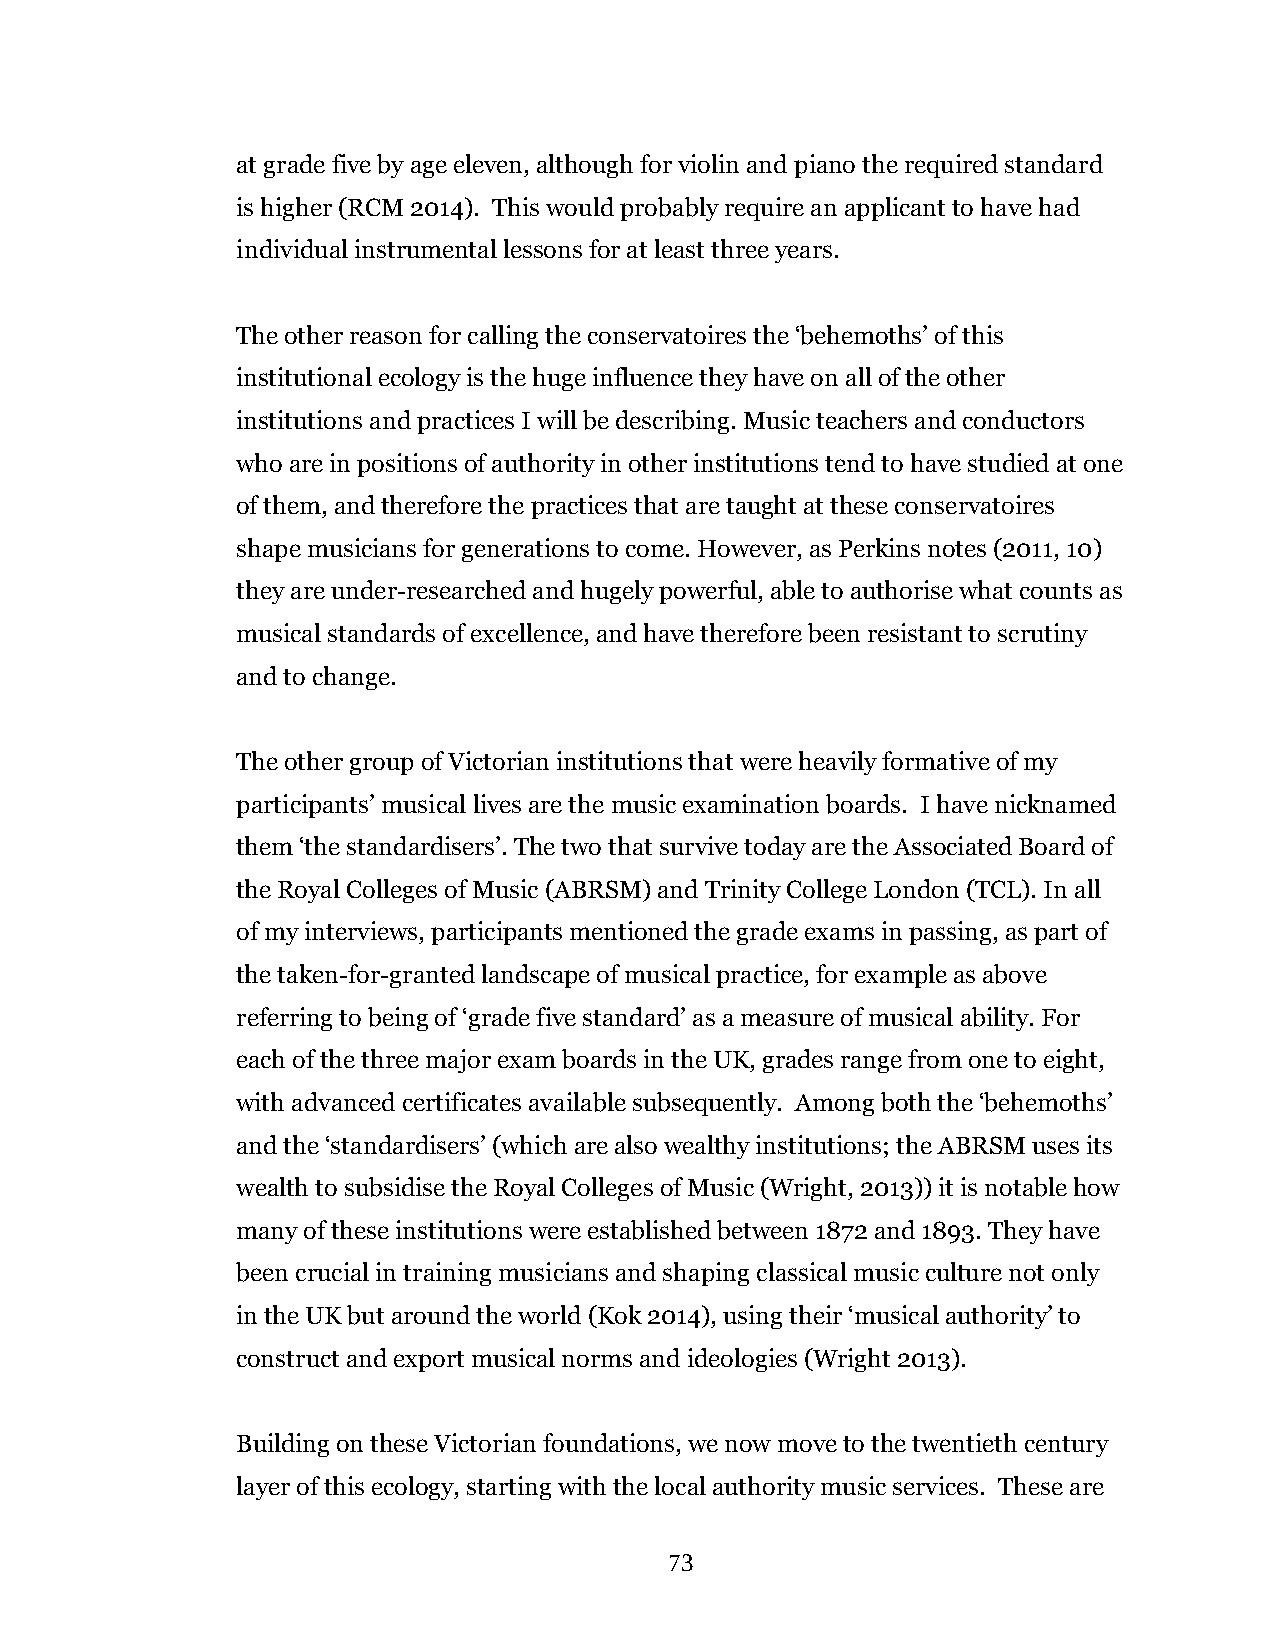
at grade five by age eleven, although for violin and piano the required standard
 is higher (RCM 2014). This would probably require an applicant to have had
 individual instrumental lessons for at least three years.
 The other reason for calling the conservatoires the ‘behemoths’ of this
 institutional ecology is the huge influence they have on all of the other
 institutions and practices I will be describing. Music teachers and conductors
 who are in positions of authority in other institutions tend to have studied at one
 of them, and therefore the practices that are taught at these conservatoires
 shape musicians for generations to come. However, as Perkins notes (2011, 10)
 they are under-researched and hugely powerful, able to authorise what counts as
 musical standards of excellence, and have therefore been resistant to scrutiny
 and to change.
 The other group of Victorian institutions that were heavily formative of my
 participants’ musical lives are the music examination boards. I have nicknamed
 them ‘the standardisers’. The two that survive today are the Associated Board of
 the Royal Colleges of Music (ABRSM) and Trinity College London (TCL). In all
 of my interviews, participants mentioned the grade exams in passing, as part of
 the taken-for-granted landscape of musical practice, for example as above
 referring to being of ‘grade five standard’ as a measure of musical ability. For
 each of the three major exam boards in the UK, grades range from one to eight,
 with advanced certificates available subsequently. Among both the ‘behemoths’
 and the ‘standardisers’ (which are also wealthy institutions; the ABRSM uses its
 wealth to subsidise the Royal Colleges of Music (Wright, 2013)) it is notable how
 many of these institutions were established between 1872 and 1893. They have
 been crucial in training musicians and shaping classical music culture not only
 in the UK but around the world (Kok 2014), using their ‘musical authority’ to
 construct and export musical norms and ideologies (Wright 2013).
 Building on these Victorian foundations, we now move to the twentieth century
 layer of this ecology, starting with the local authority music services. These are
 73